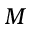
M